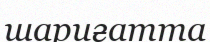
шариғатта